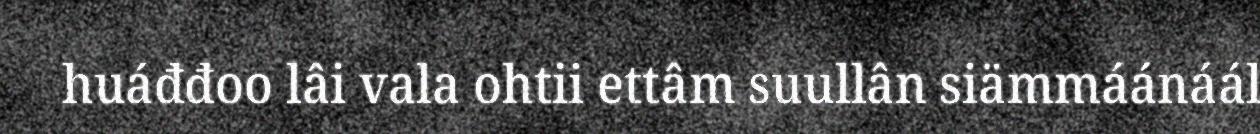
huáđđoo lâi vala ohtii ettâm suullân siämmáánáál